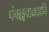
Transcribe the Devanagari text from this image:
पंचाङ्गवाक्यानि